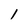
Character: 1